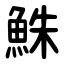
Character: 鮢